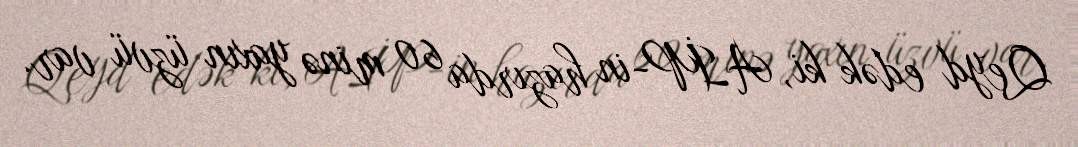
Qeyd edək ki, AİP-in hazırda 60 minə yaxın üzvü var.